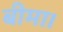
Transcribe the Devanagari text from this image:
बीमा।